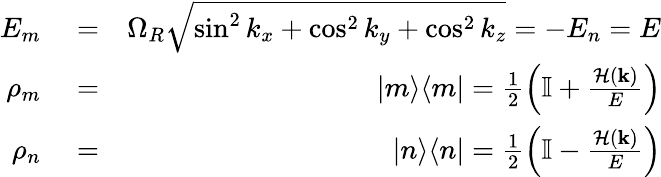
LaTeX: \begin{array}{rlr}{E_{m}}&{{}=}&{\Omega_{R}\sqrt{\sin^{2}k_{x}+\cos^{2}k_{y}+\cos^{2}k_{z}}=-E_{n}=E}\\ {\rho_{m}}&{{}=}&{|m\rangle\langle m|=\frac{1}{2}\left(\mathbb{I}+\frac{\mathcal{H}(\mathbf{k})}{E}\right)}\\ {\rho_{n}}&{{}=}&{|n\rangle\langle n|=\frac{1}{2}\left(\mathbb{I}-\frac{\mathcal{H}(\mathbf{k})}{E}\right)}\end{array}